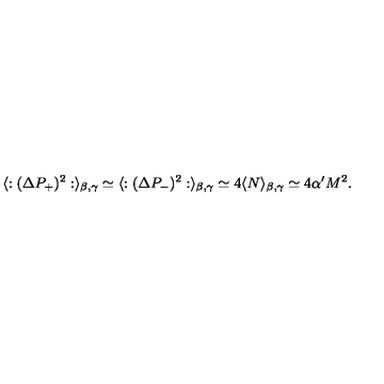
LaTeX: \langle : ( \Delta P _ { + } ) ^ { 2 } : \rangle _ { \beta , \gamma } \simeq \langle : ( \Delta P _ { - } ) ^ { 2 } : \rangle _ { \beta , \gamma } \simeq 4 \langle N \rangle _ { \beta , \gamma } \simeq 4 \alpha ^ { \prime } M ^ { 2 } .